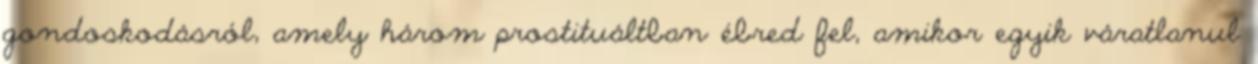
gondoskodásról, amely három prostituáltban ébred fel, amikor egyik váratlanul